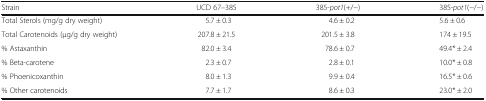
| Strain | UCD 67–385 | 385-pot1(+/−) | 385-pot1(−/−) |
 | --- | --- | --- | --- |
 | Total Sterols (mg/g dry weight) | 5.7 ± 0.3 | 4.6 ± 0.2 | 5.6 ± 0.6 |
 | Total Carotenoids (μg/g dry weight) | 207.8 ± 21.5 | 201.5 ± 3.8 | 174 ± 19.5 |
 | % Astaxanthin | 82.0 ± 3.4 | 78.6 ± 0.7 | 49.4* ± 2.4 |
 | % Beta-carotene | 2.3 ± 0.7 | 2.8 ± 0.1 | 10.0* ± 0.8 |
 | % Phoenicoxanthin | 8.0 ± 1.3 | 9.9 ± 0.4 | 16.5* ± 0.6 |
 | % Other carotenoids | 7.7 ± 1.7 | 8.6 ± 0.3 | 23.0* ± 2.0 |